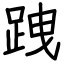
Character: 跩